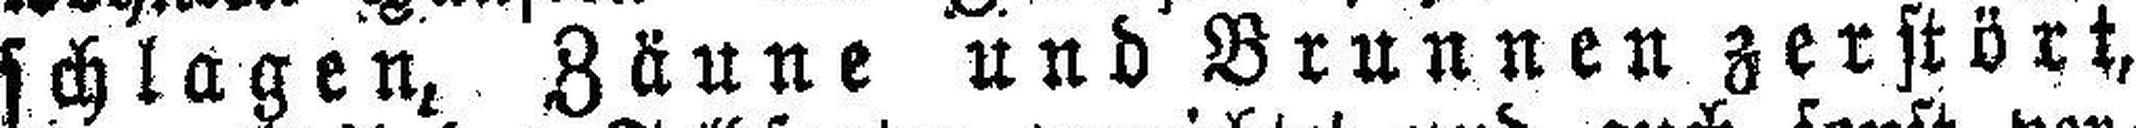
schlagen, Zäune und Brunnen zerstört,